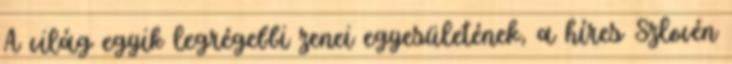
A világ egyik legrégebbi zenei egyesületének, a híres Szlovén